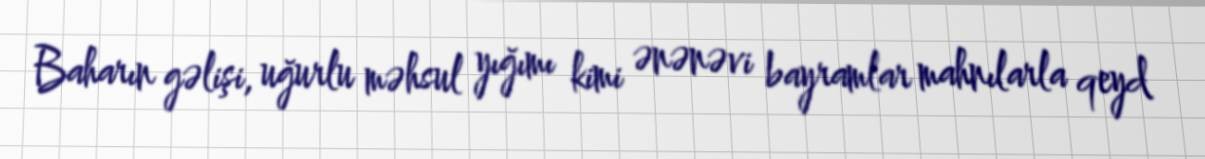
Baharın gəlişi, uğurlu məhsul yığımı kimi ənənəvi bayramlar mahnılarla qeyd